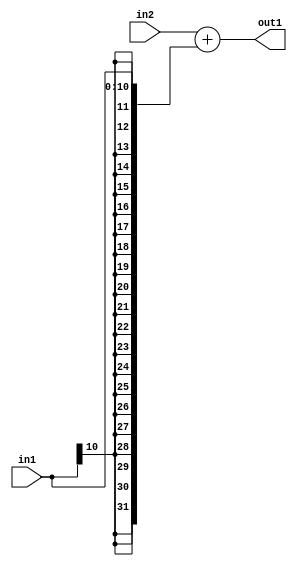
`timescale 1ps / 1ps
/*****************************************************************************
    Verilog RTL Description
    
    
    Created by: Stratus DpOpt 2019.1.01 
*******************************************************************************/

module DC_Filter_Add_32Sx11S_32S_1 (
	in2,
	in1,
	out1
	); /* architecture "behavioural" */ 
input [31:0] in2;
input [10:0] in1;
output [31:0] out1;
wire [31:0] asc001;

assign asc001 = 
	+(in2)
	+({{21{in1[10]}}, in1});

assign out1 = asc001;
endmodule

/* CADENCE  ubTxQgg= : u9/ySgnWtBlWxVPRXgAZ4Og= ** DO NOT EDIT THIS LINE ******/